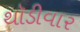
થૉડીવાર